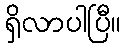
ရှိလာပါပြီ။